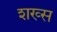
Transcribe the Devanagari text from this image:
शख्‍स